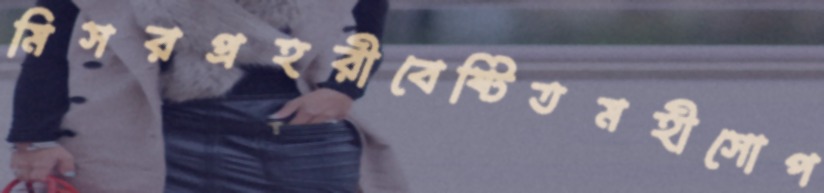
মিসরপ্রহরীবেষ্টিতমহীসোপ